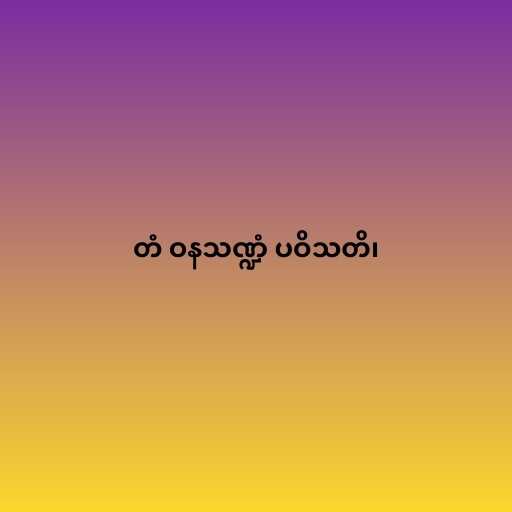
တံ ဝနသဏ္ဍံ ပဝိသတိ၊